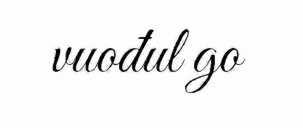
vuođul go